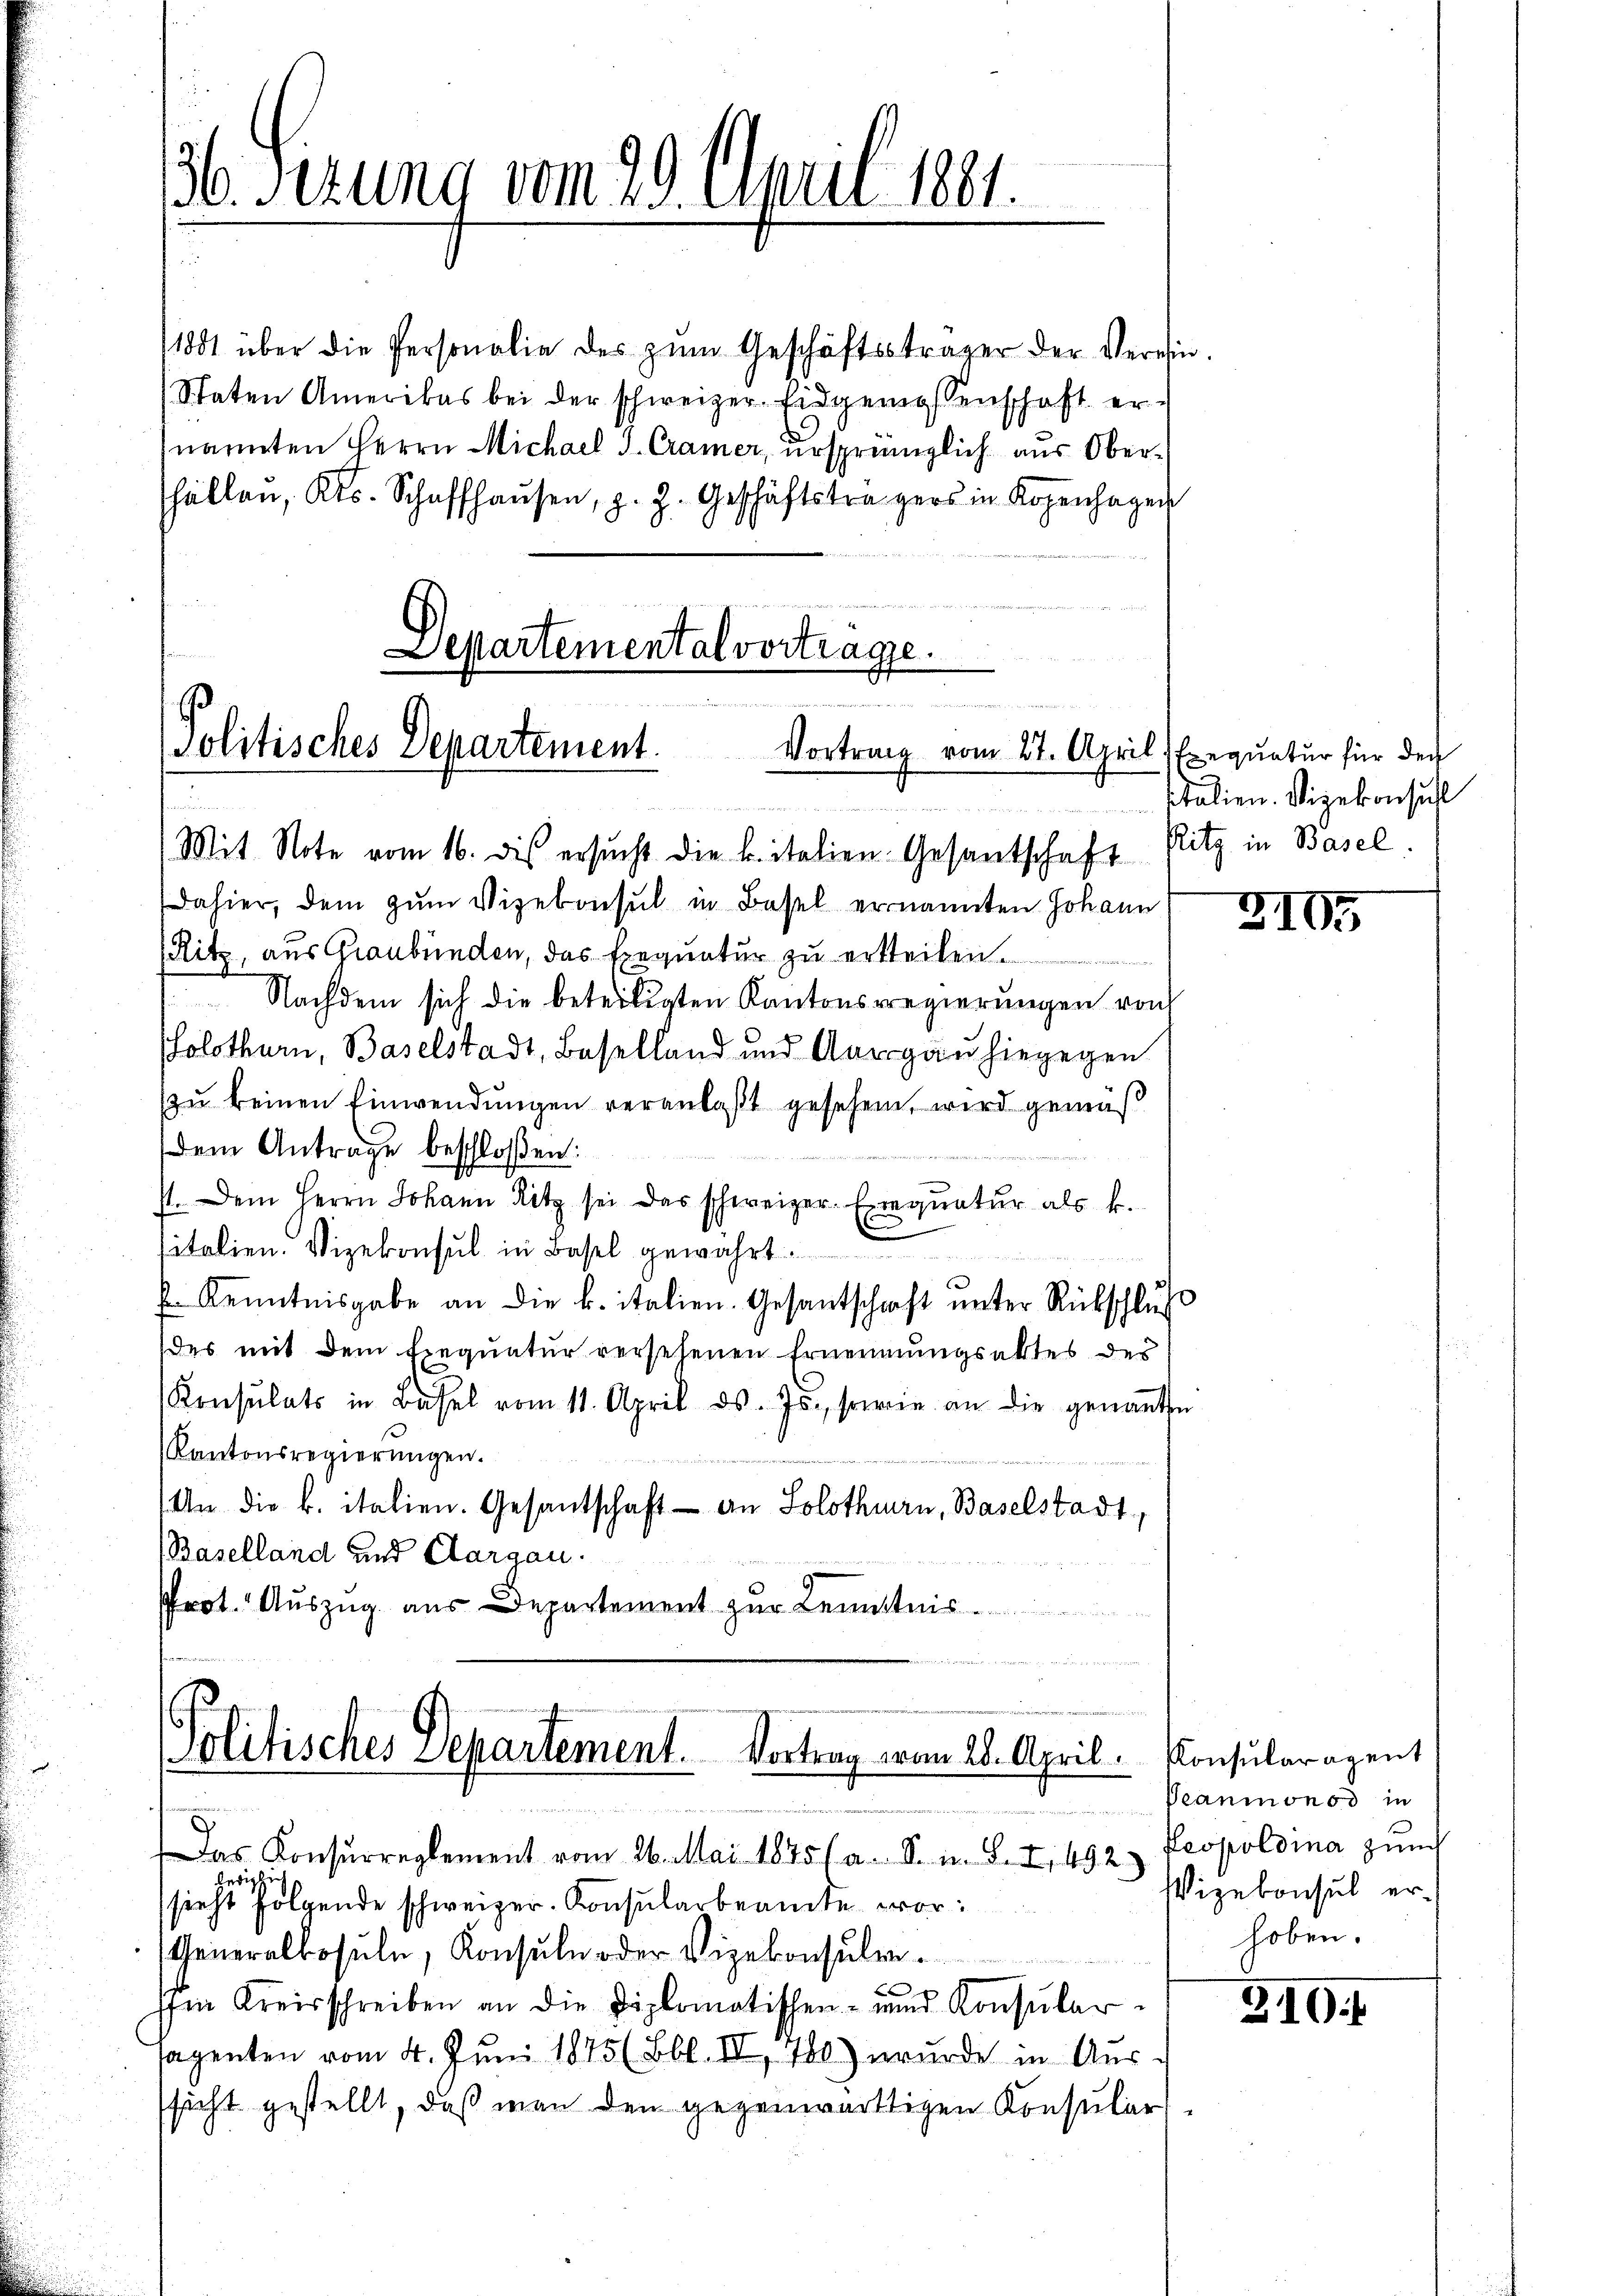
36. Sizung vom 29. April 1881.

1881 über die Personalie des zŭm Geschäftsträger der Verein.
(Staten Amerikas bei der schweizer Eidgemessenschaft ernannten Herrn Michael J. Cramer, ursprünglich aus Oberhällen, Kts. Schaffhaŭsen, z. Z. Geschäftstragers in Kopenhagen

Departemental vortrage.
22
e
Politisches Departement.
Vortrag vom 27. April
n

Mit Note vom 16. dis ersucht die k. italien Gesantschaft
dahier, dem zum Vizekonsul in Basel ernannten Johann
Ritz, aus Graubünden, das Exequatur zu ertheilen.
Nachdem sich die beteiligten Kantonsregierungen von
Solothurn, Baselstadt, Baselland und Aargaŭhiegegen
zu keinen Einwendungen veranlaßt gesehen, wird gemäß
dem Antrage beschloßen:

st. Dem Herrn Johann Ritz sei das schweizer. Exequatur als k.
sitalien. Vizekonsul in Basel gewahrt.
 Kenntnisgabe an die k. italien. Gesantschaft unter Rückschluß
des mit dem Exequatur versehenen Ernennungsaktes des
Konsulats in Basel vom 11. April d. Js., sowie an die genannte
Kantonsregierungen.
An die k. italien. Gesantschaft an Solothurn, Baselstadt,
(Baselland und Aargau.
Prot. Auszug aus Departement zur Kenntnis.

Politisches Departement. Vortrag vom 28. April. Konsularagent

x
Das Konsŭrreglement vom 26. Mai 1875 (a. S. m. S. I, 492. Leopoldina zŭm
sieht folgende schweizer. Konsularbeamte vor¬
Generalkosuln, Konsuln oder Vizekonsulenb
sfür Kreisschreiben an die Diplomatischen- und Konsular-
sagenten vom 4. Juni 1875 (Bbl. IV 780) wurde in Ausssicht gestellt, daß man den gegenwärtigen Konsular

Exequatur für den
sitalien. Vizekonsuch
Ritz in Basel.

3195

Beaumonod in
Vizekonsul erhoben.

210 f